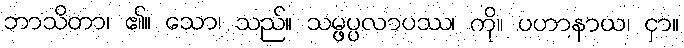
ဘာသိတာ၊ ၏။ သော၊ သည်။ သမ္ဖပ္ပလာပဿ၊ ကို။ ပဟာနာယ၊ ငှာ။